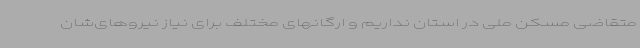
متقاضی مسکن ملی در استان نداریم و ارگانهای مختلف برای نیاز نیروهای‌شان